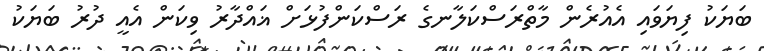
ބަޔަކު ފިޔަވައި އެއުރެން މާތްރަސްކަލާނގެ ރަސްކަންފުޅަށް ޣައްދާރު ވިކަން އެއީ ދުރު ބަޔަކު